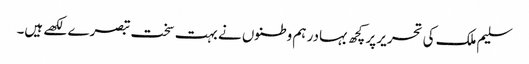
سلیم ملک کی تحریر پر کچھ بہادر ہم وطنوں نے بہت سخت تبصرے لکھے ہیں۔